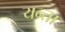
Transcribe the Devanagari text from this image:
यन्ता